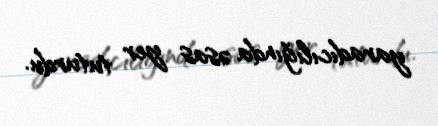
yaradıcılığında əsas yer tuturdu.